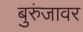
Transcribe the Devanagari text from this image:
बुरुंजावर